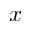
x